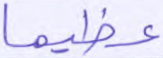
عظيما